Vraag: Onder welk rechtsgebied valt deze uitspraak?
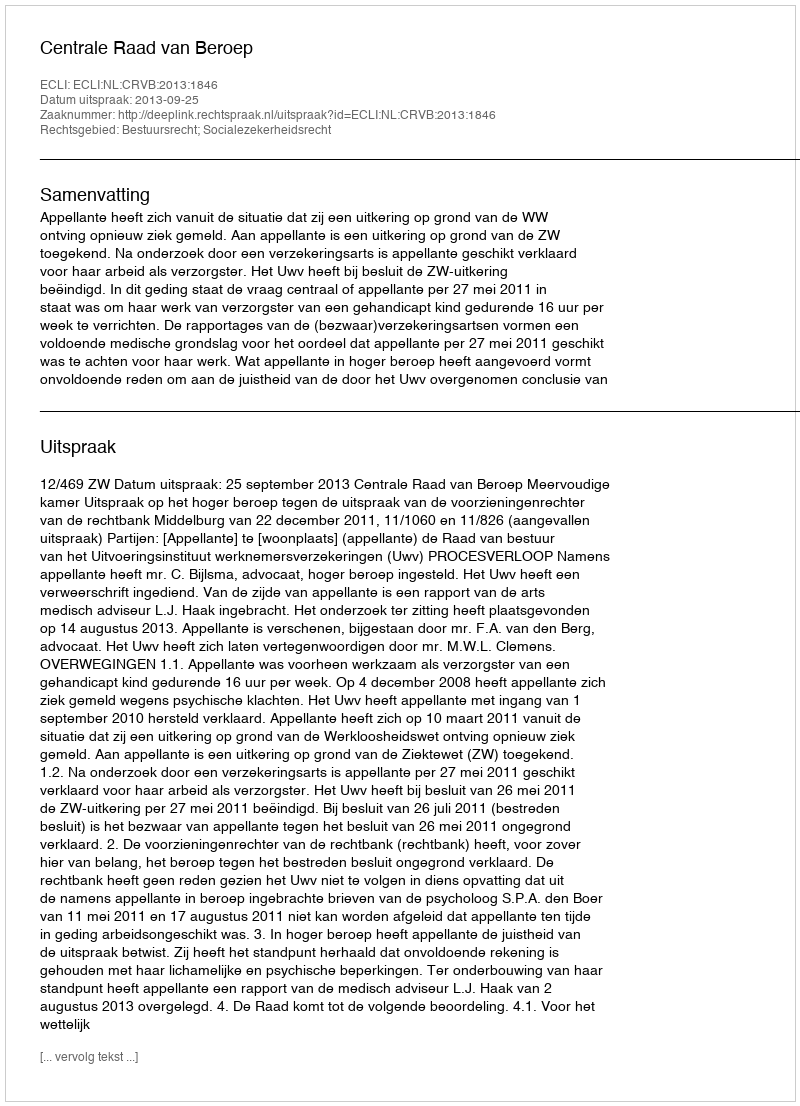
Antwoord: Bestuursrecht; Socialezekerheidsrecht